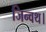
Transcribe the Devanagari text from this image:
जिन्वथ।